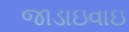
જાડાઇવાઇ